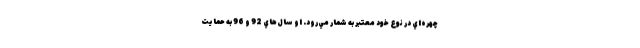
چهره‌اي در نوع خود معتبر به شمار مي‌رود. او سال‌هاي 92 و 96 به حمايت